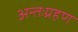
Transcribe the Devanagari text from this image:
अन्तःग्रहण